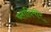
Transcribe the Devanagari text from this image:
ब्लादिमीर